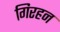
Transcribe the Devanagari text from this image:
गिरहन